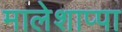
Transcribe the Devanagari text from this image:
मालेशाप्पा